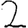
Digit: 2